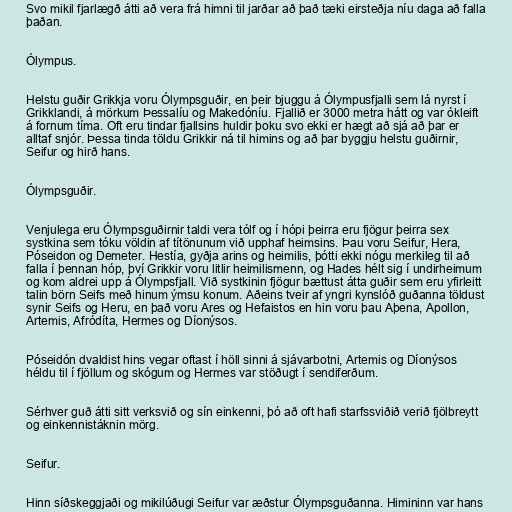
Svo mikil fjarlægð átti að vera frá himni til jarðar að það tæki eirsteðja níu daga að falla
þaðan.

Ólympus.

Helstu guðir Grikkja voru Ólympsguðir, en þeir bjuggu á Ólympusfjalli sem lá nyrst í
Grikklandi, á mörkum Þessalíu og Makedóníu. Fjallið er 3000 metra hátt og var ókleift
á fornum tíma. Oft eru tindar fjallsins huldir þoku svo ekki er hægt að sjá að þar er
alltaf snjór. Þessa tinda töldu Grikkir ná til himins og að þar byggju helstu guðirnir,
Seifur og hirð hans.

Ólympsguðir.

Venjulega eru Ólympsguðirnir taldi vera tólf og í hópi þeirra eru fjögur þeirra sex
systkina sem tóku völdin af títönunum við upphaf heimsins. Þau voru Seifur, Hera,
Póseidon og Demeter. Hestía, gyðja arins og heimilis, þótti ekki nógu merkileg til að
falla í þennan hóp, því Grikkir voru litlir heimilismenn, og Hades hélt sig í undirheimum
og kom aldrei upp á Ólympsfjall. Við systkinin fjögur bættust átta guðir sem eru yfirleitt
talin börn Seifs með hinum ýmsu konum. Aðeins tveir af yngri kynslóð guðanna töldust
synir Seifs og Heru, en það voru Ares og Hefaistos en hin voru þau Aþena, Apollon,
Artemis, Afródíta, Hermes og Díonýsos.

Póseidón dvaldist hins vegar oftast í höll sinni á sjávarbotni, Artemis og Díonýsos
héldu til í fjöllum og skógum og Hermes var stöðugt í sendiferðum.

Sérhver guð átti sitt verksvið og sín einkenni, þó að oft hafi starfssviðið verið fjölbreytt
og einkennistáknin mörg.

Seifur.

Hinn síðskeggjaði og mikilúðugi Seifur var æðstur Ólympsguðanna. Himininn var hans